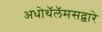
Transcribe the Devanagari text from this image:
अधोथॅलॅमसद्वारे